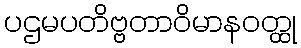
ပဌမပတိဗ္ဗတာဝိမာနဝတ္ထု